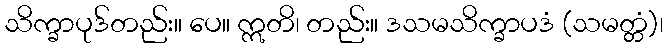
သိက္ခာပုဒ်တည်း။ ပေ။ ဣတိ၊ တည်း။ ဒသမသိက္ခာပဒံ (သမတ္တံ)၊